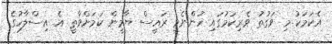
އެކަމަކު މި ވަގުތު ވެރިކަމުގައި ހުންނެވީ ރައީސް ޔާމީން ކަމަށްވާތީ އެ އިސްލާހުގެ